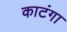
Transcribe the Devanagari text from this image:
काटंगा